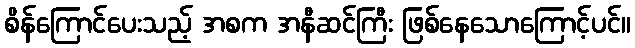
စိန်ကြောင်ပေးသည့် အစက အနီဆင်ကြီး ဖြစ်နေသောကြောင့်ပင်။